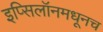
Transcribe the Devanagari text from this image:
इप्सिलॉनमधूनच